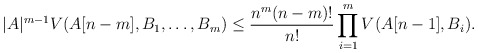
\begin{align*}|A|^{m-1}V(A[n-m],B_1,\dots, B_m)\le\frac{n^m(n-m)!}{n!}\prod_{i=1}^mV(A[n-1],B_i).\end{align*}